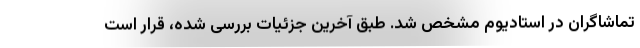
تماشاگران در استادیوم مشخص شد. طبق آخرین جزئیات بررسی شده، قرار است